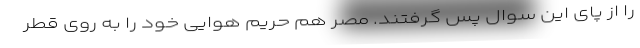
را از پای این سوال پس گرفتند. مصر هم حریم هوایی خود را به روی قطر